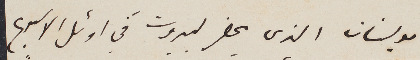
مولينان الذي يحضر لبيروت في اوئل الاسبوع